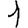
Digit: 1